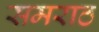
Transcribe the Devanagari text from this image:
समराठ